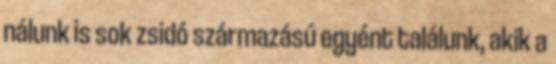
nálunk is sok zsidó származású egyént találunk, akik a